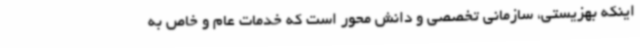
اینکه بهزیستی، سازمانی تخصصی و دانش محور است که خدمات عام و خاص به